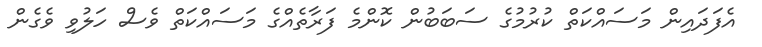
އެފަދައިން މަސައްކަތް ކުރުމުގެ ސަބަބުން ކޮންމެ ފަރާތެއްގެ މަސައްކަތް ވެސް ހަލުވި ވެގެން